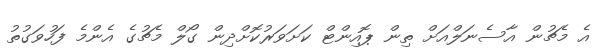
އެ މެޗުން އާސެނަލްއަށް ތިން ޕޮއިންޓް ކަށަވަރުކޮށްދިން ގޯލް މެޗުގެ އެންމެ ފަހުވަގުތު